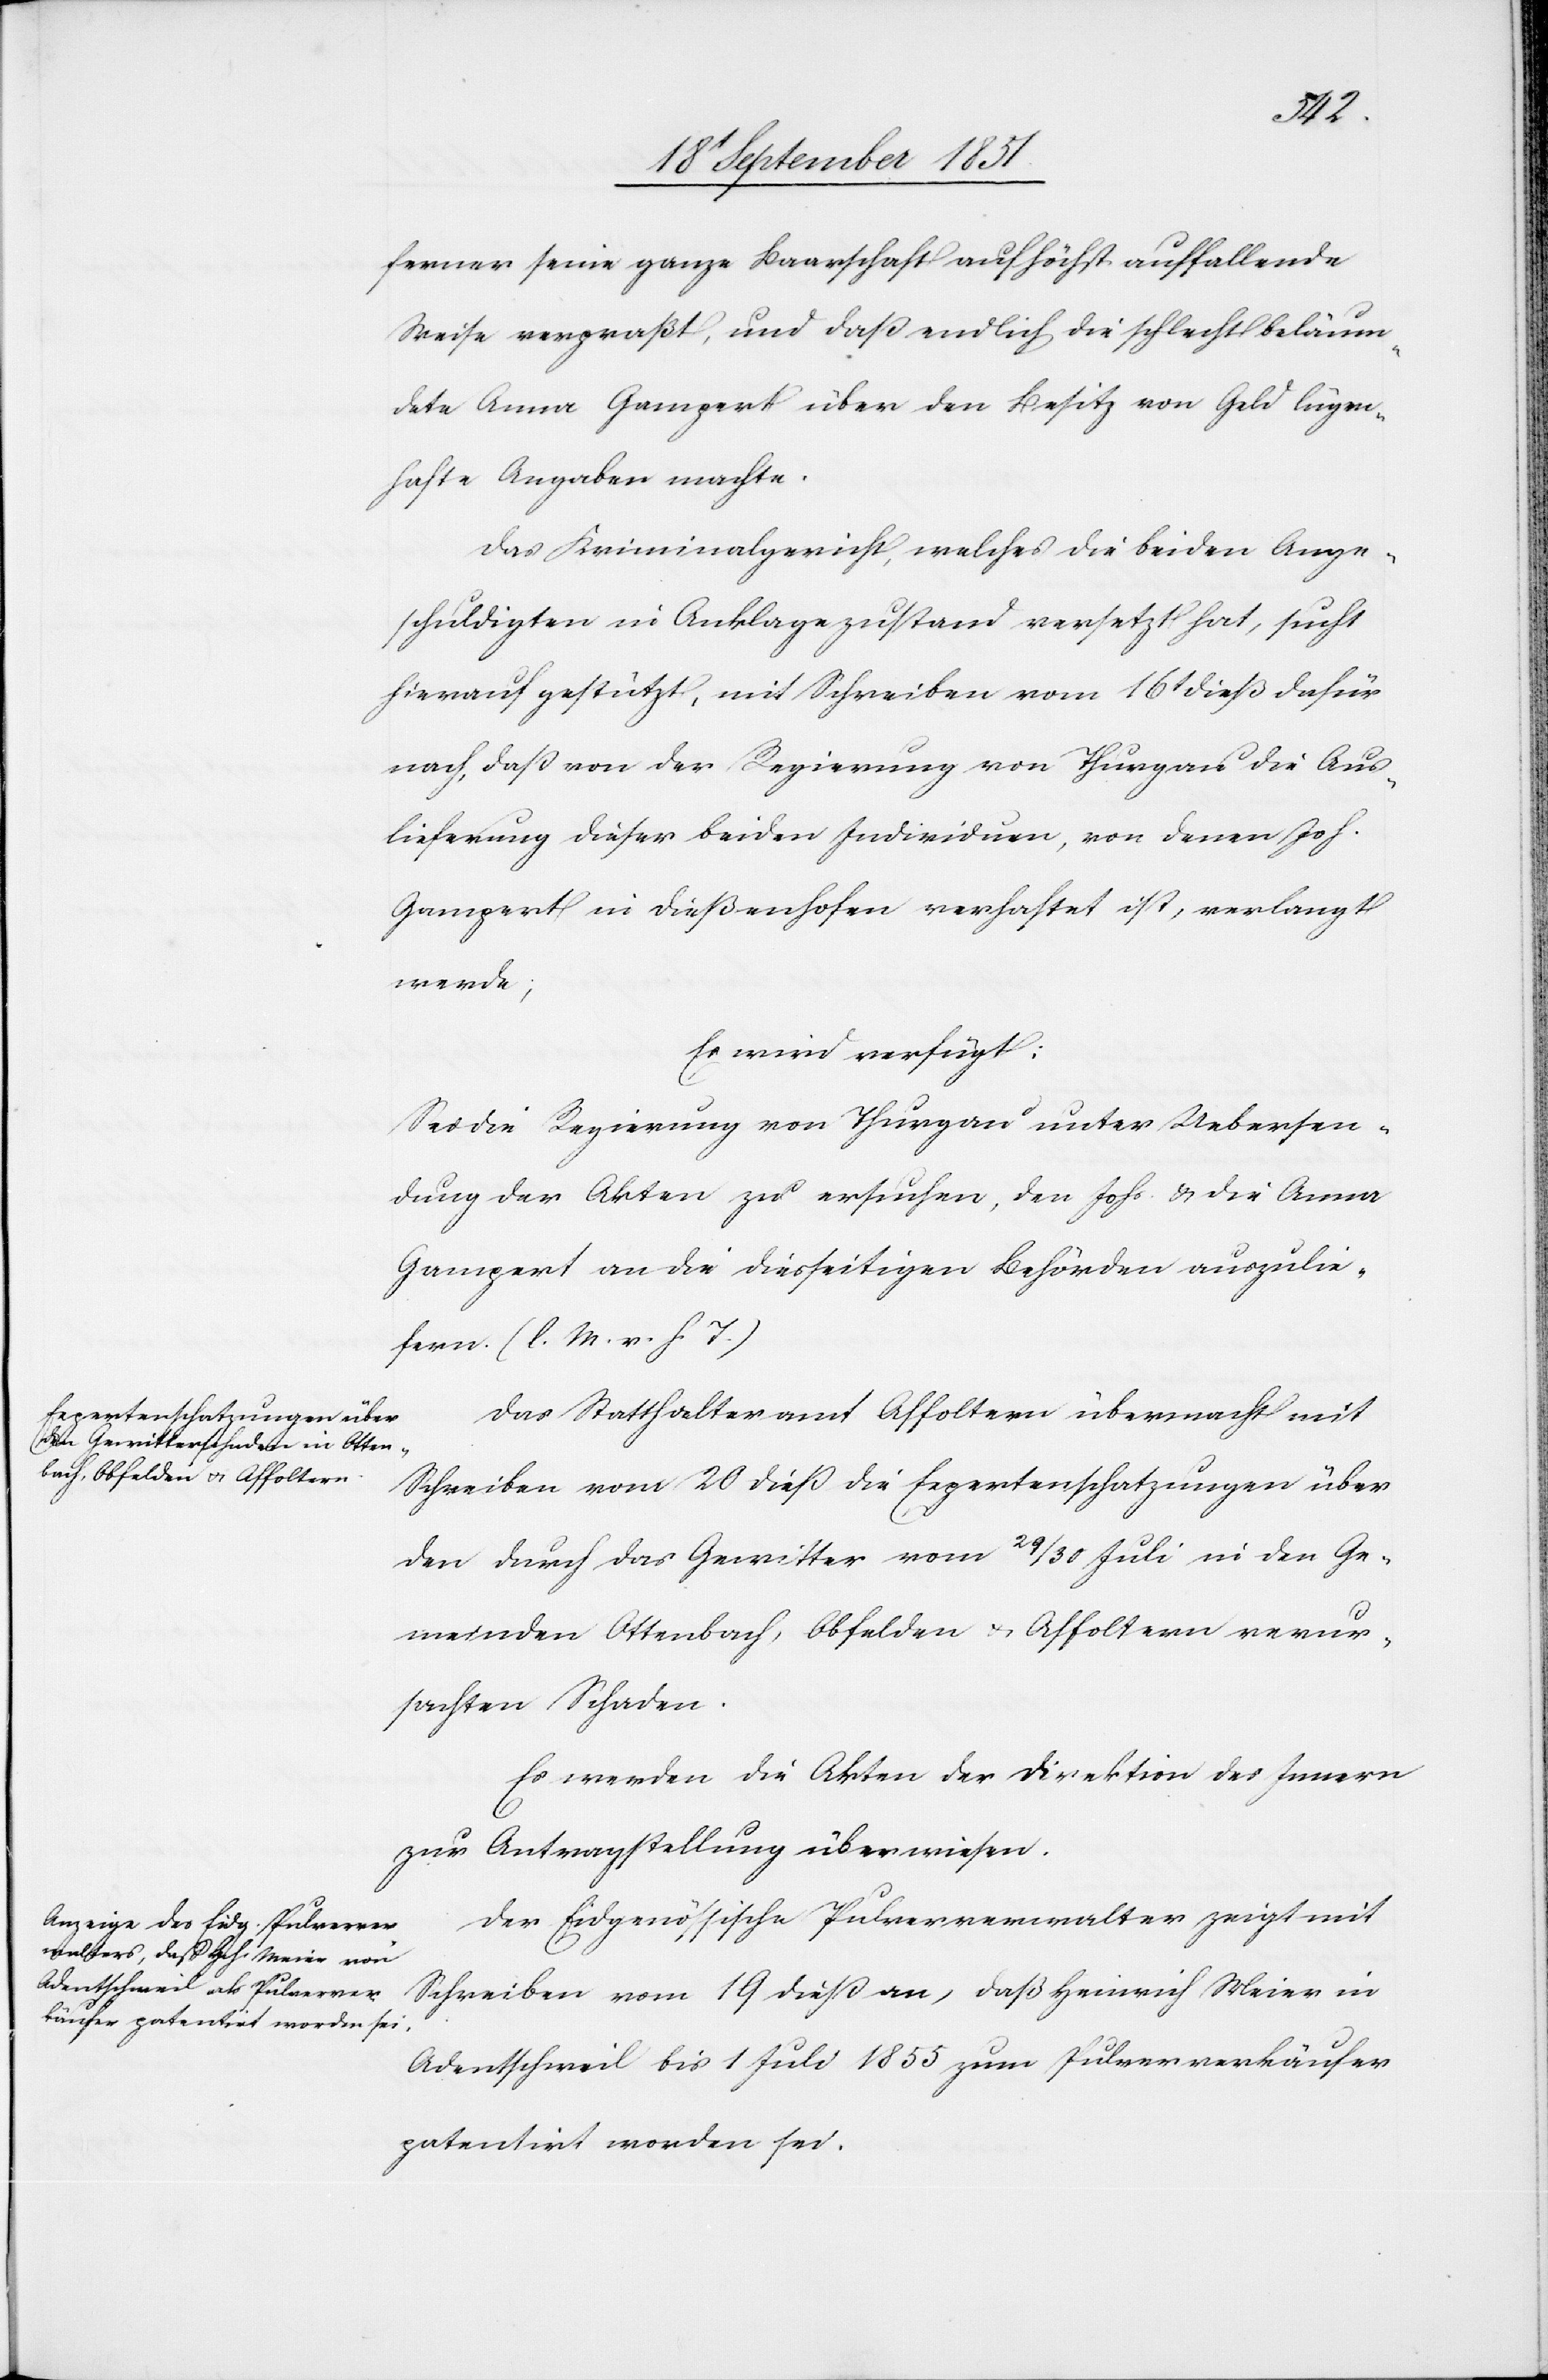
den
20t September 1851.]
ferner seine ganze Baarschaft auf höchst auffallende
Weise verpraßt, und daß endlich die schlecht beläum¬
dete Anna Gampert über den Besitz von Geld lügen¬
hafte Angaben machte.
Das Kriminalgericht, welches die beiden Ange¬
schuldigten in Anklagezustand versetzt hat, sucht
hierauf gestützt, mit Schreiben vom 16t dieß dafür
nach, daß von der Regierung von Thurgau die Aus¬
lieferung dieser beiden Individuen, von denen Joh.
Gampert in Dießenhofen verhaftet ist, verlangt
werde;
Es wird verfügt:
Sei die Regierung von Thurgau unter Uebersen¬
dung der Akten zu ersuchen, den Johs. & die Anna
Gampert an die diesseitigen Behörden auszulie¬
fern. (l. M. v. h. T.)
Das Statthalteramt Affoltern übermacht mit
Schreiben vom 20 dieß die Expertenschatzungen über
den durch das Gewitter vom 29 / 30 Juli in den Ge¬
meinden Ottenbach, Obfelden & Affoltern verur¬
sachten Schaden.
Es werden die Akten der Direktion des Innern
zur Antragstellung überwiesen.
Der Eidgenössische Pulververwalter zeigt mit
Schreiben vom 19 dieß an, daß Heinrich Meier in
Adentschweil bis 1 Juli 1855 zum Pulververkäufer
patentirt worden sei.